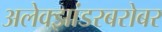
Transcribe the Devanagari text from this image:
अलेक्झांडरबरोबर